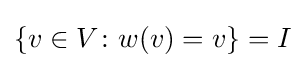
\{v\in V\colon w(v)=v\}=I